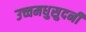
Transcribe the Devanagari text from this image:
उच्चमधुसुदनी